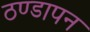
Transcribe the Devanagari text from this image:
ठण्‍डापन